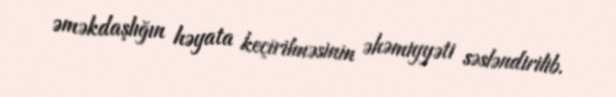
əməkdaşlığın həyata keçirilməsinin əhəmiyyəti səsləndirilib.